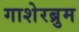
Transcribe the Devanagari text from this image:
गाशेरब्रुम